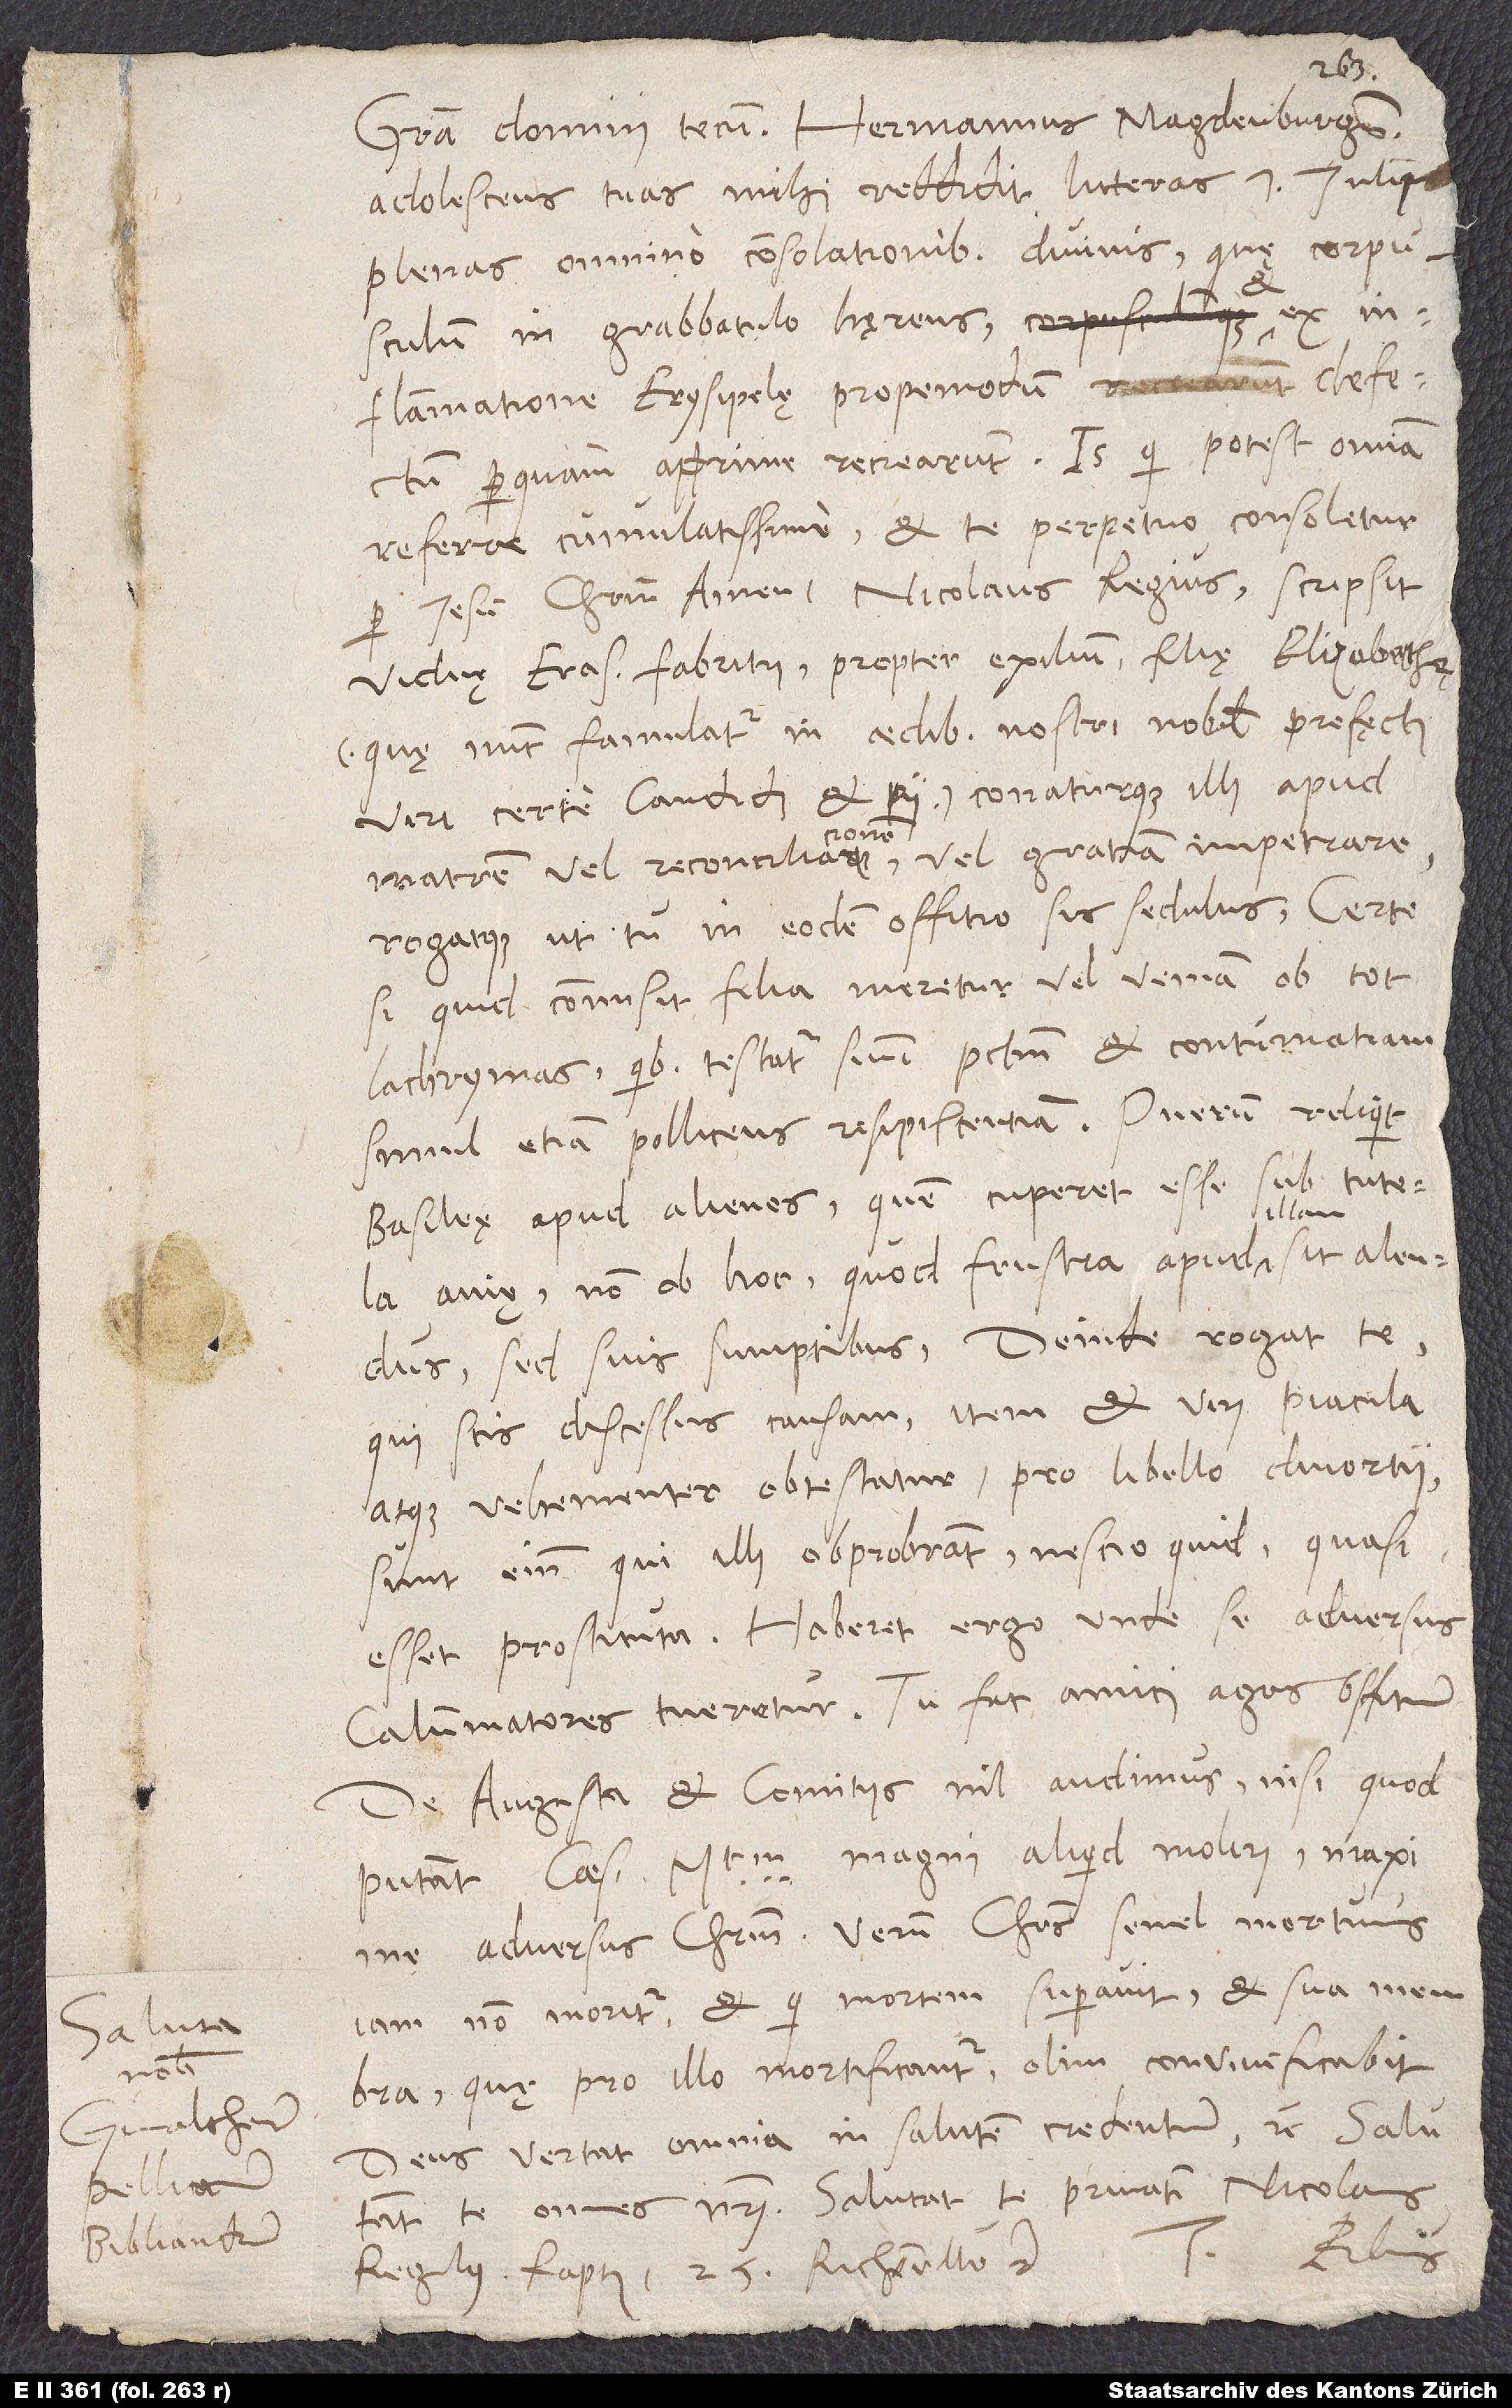
Saluta
nobis
Gvaltherum,
d.
Bibliandrum.

Gratia domini tecum. Hermannus Magdenburgensis
adolescens tuas mihi reddidit litteras 7. iulii
plenas omnino consolationibus divinis, quę corpuscu
lum in grabbatulo hęrens et
inflammatione erysipelę propemodum defectum
perquam apprime recrearunt. Is, qui potest omnia
referre cumulatissime, et te perpetuo consoletur
per Iesum Christum! Amen. Nicolaus Regius scripsit
viduę Erasmi Fabritii propter exilium filię Elizabethę(quę
viri certe candidi et pii) conaturque illi apud
matrem vel reconciliacionem vel gratiam impetrare
rogatque, ut tu in eodem offitio sis sedulus. Certe,
si quid commisit filia, meretur vel veniam ob tot
lachrymas, quibus testatur suum peccatum et contumatiam,
simul etiam pollicens resipiscentiam. Puerum reliquit
Basileę apud alienos, quem cuperet esse sub tutela
avię, non ob hoc, quod frustra apud illam sit alendus,
sed suis sumptibus. Deinde rogat te,
qui scis discessus causam, item et viri piacula,
atque vehementer obtestatur pro libello divortii.
Sunt enim, qui illi obprobrant nescio quid, quasi
esset prostituta. Haberet ergo, unde se adversus
calumniatores tueretur. Tu fac, amici agas offitium.
De Augusta et comitiis nil audimus, nisi quod
putant ceasaream maiestatem magni aliquid moliri, maxime
adversus Christum. Verum Christus, semel mortuus,
iam non moritur, et qui mortem superavit, et sua membra,
quę pro illo mortificantur, olim convivificabit.
Deus vertat omnia in salutem credendium, etc.
te omnes nostri. Salutat te privatim Nicolaus
Tuus Erbius.
Regulus. Raptim 25., Richenville, etc.